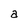
Character: a